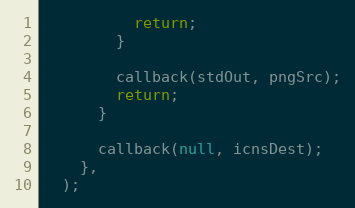
Language: JavaScript
          return;
        }

        callback(stdOut, pngSrc);
        return;
      }

      callback(null, icnsDest);
    },
  );